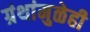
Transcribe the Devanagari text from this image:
ग्रंथांमुळेही